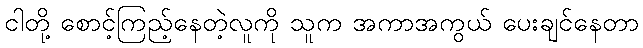
ငါတို့ စောင့်ကြည့်နေတဲ့လူကို သူက အကာအကွယ် ပေးချင်နေတာ